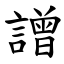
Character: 譄